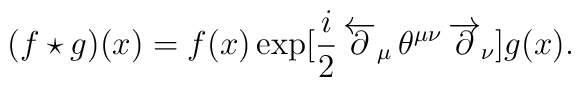
(f\star g)(x)=f(x)\exp[\frac{i}{2}\,\overleftarrow{\partial}_{\mu}\,\theta^{\mu\nu}\,\overrightarrow{\partial}_{\nu}]g(x).